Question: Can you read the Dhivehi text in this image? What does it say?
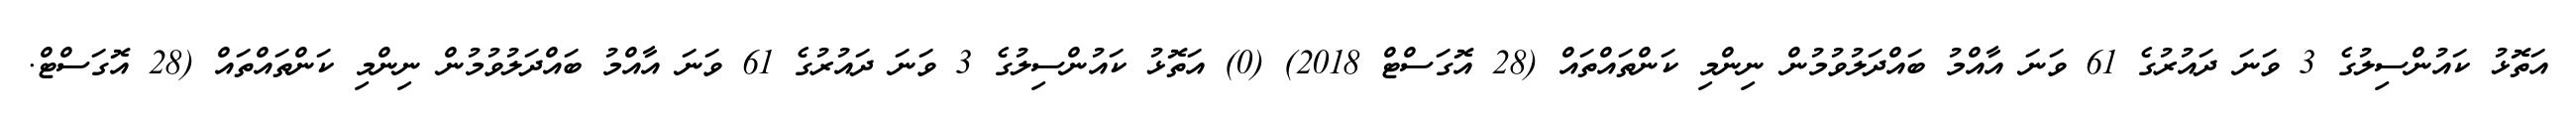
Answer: އަތޮޅު ކައުންސިލުގެ 3 ވަނަ ދައުރުގެ 61 ވަނަ އާއްމު ބައްދަލުވުމުން ނިންމި ކަންތައްތައް (28 އޮގަސްޓް 2018) (0) އަތޮޅު ކައުންސިލުގެ 3 ވަނަ ދައުރުގެ 61 ވަނަ އާއްމު ބައްދަލުވުމުން ނިންމި ކަންތައްތައް (28 އޮގަސްޓް.